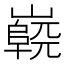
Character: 𡽷